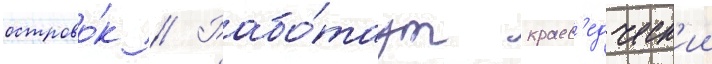
острово́к // Рабо́таут краев'едческ'ии